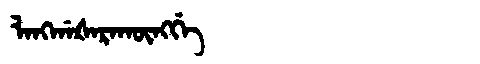
Manchu: ᠯᠠᠩᡤᠠᡧᠠᡵᠠᡴᡡᠩᡤᡝ
Romanization: LANGGAŠARAKŪNGGE